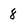
Character: 8